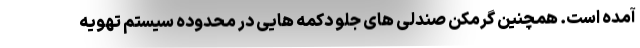
آمده است. همچنین گرمکن صندلی های جلو دکمه هایی در محدوده سیستم تهویه